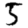
Digit: 5